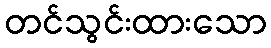
တင်သွင်းထားသော